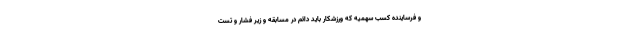
و فرساینده کسب سهمیه که ورزشکار باید دائم در مسابقه و زیر فشار و تست